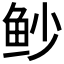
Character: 𫚌